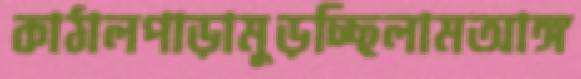
কাঠালপাড়ামুড়চ্ছিলামআঙ্গ